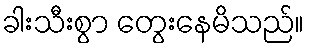
ခါးသီးစွာ တွေးနေမိသည်။